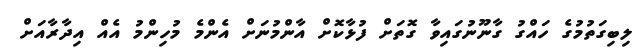
ލިބިގަތުމުގެ ހައްގު ގާނޫނުގައިވާ ގޮތަށް ފުޅާކޮށް އާންމުނަށް އެންމެ މުހިންމު އެއް އިދާރާއަށް